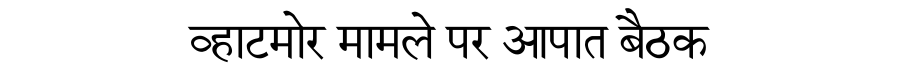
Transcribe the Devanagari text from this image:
व्हाटमोर मामले पर आपात बैठक